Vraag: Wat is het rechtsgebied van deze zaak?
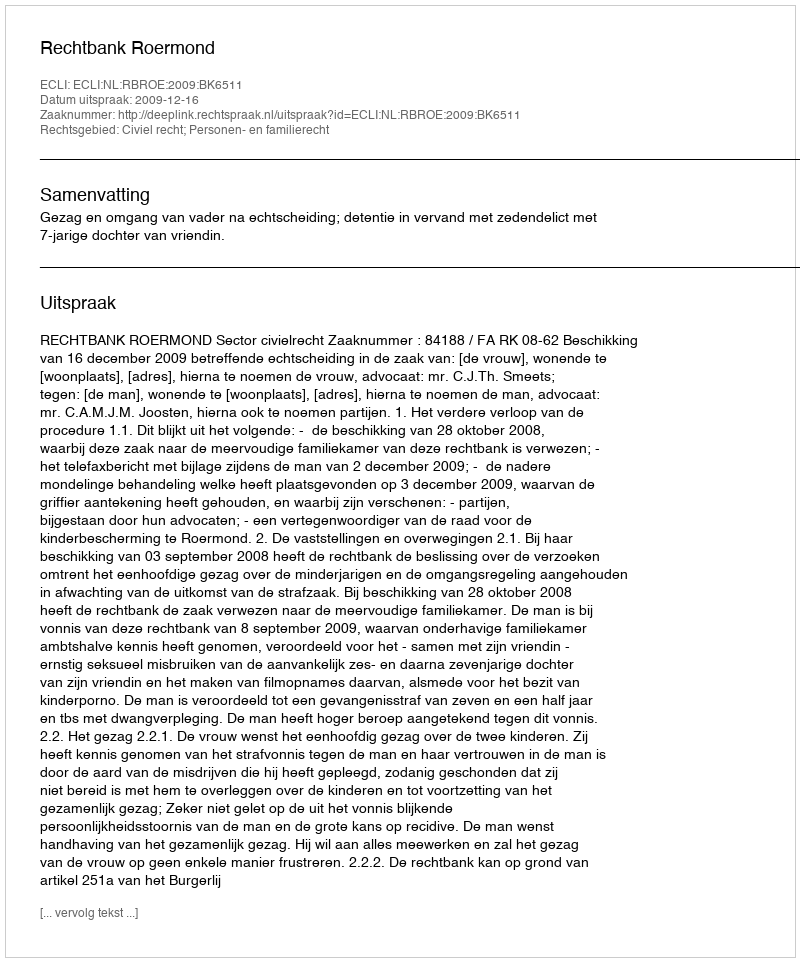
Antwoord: Civiel recht; Personen- en familierecht